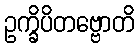
ဥက္ခိပိတဗ္ဗောတိ